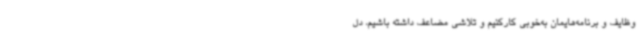
وظایف و برنامه‌هایمان به‌خوبی کارکنیم و تلاشی مضاعف داشته باشیم، دل